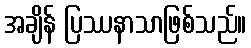
အချိန် ပြဿနာသာဖြစ်သည်။